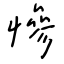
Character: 慘